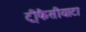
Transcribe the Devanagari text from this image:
ट्रीफैसीयाटा